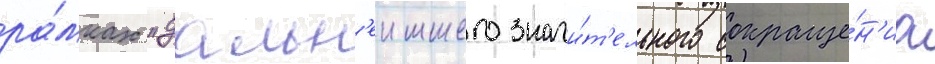
ра́мках "дальн'еишего значи́т'ельного сокраще́н'иа